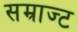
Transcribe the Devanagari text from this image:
सम्राज्ट